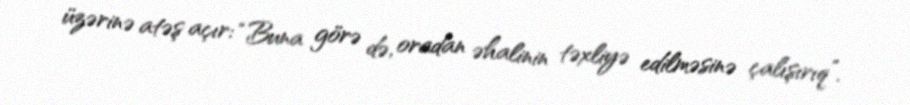
üzərinə atəş açır: “Buna görə də, oradan əhalinin təxliyə edilməsinə çalışırıq”.